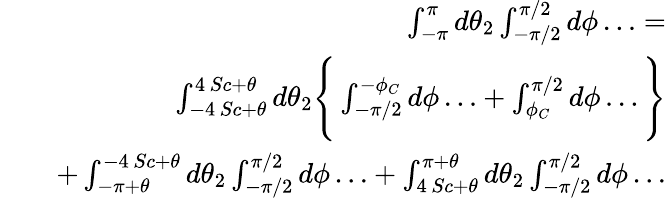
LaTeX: \begin{array}{rlr}&{}&{\int_{-\pi}^{\pi}d\theta_{2}\int_{-\pi/2}^{\pi/2}d\phi\ldots=}\\ &{}&{\int_{-4\, Sc+\theta}^{4\, Sc+\theta}d\theta_{2}\Bigg\{ \int_{-\pi/2}^{-\phi_{C}}d\phi\ldots+\int_{\phi_{C}}^{\pi/2}d\phi\ldots\Bigg\} }\\ &{}&{+\int_{-\pi+\theta}^{-4\, Sc+\theta}d\theta_{2}\int_{-\pi/2}^{\pi/2}d\phi\ldots+\int_{4\, Sc+\theta}^{\pi+\theta}d\theta_{2}\int_{-\pi/2}^{\pi/2}d\phi\ldots}\end{array}